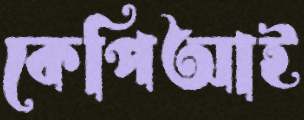
কেপিআই